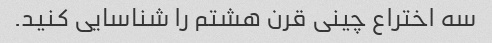
سه اختراع چینی قرن هشتم را شناسایی کنید.